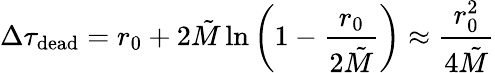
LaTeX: \Delta\tau_{\mathrm{dead}}=r_{0}+2\tilde{M}\ln\left(1-\frac{r_{0}}{2\tilde{M}}\right)\approx\frac{r_{0}^{2}}{4\tilde{M}}